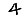
Digit: 4